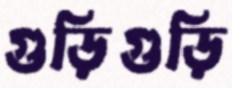
গুড়িগুড়ি